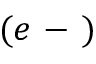
( e \mathrm { ~ - ~ } )